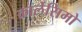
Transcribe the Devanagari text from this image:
कार्लेसिमो